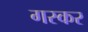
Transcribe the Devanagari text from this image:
गस्कर